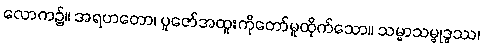
လောက၌။ အရဟတော၊ ပူဇော်အထူးကိုတော်မူထိုက်သော။ သမ္မာသမ္ဗုဒ္ဓဿ၊